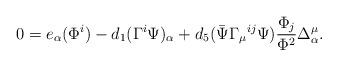
LaTeX: \begin{align*}0=e_\alpha(\Phi^i)-d_1(\Gamma^i\Psi)_\alpha+d_5(\bar\Psi\Gamma_{\mu}{}^{ij}\Psi)\frac{\Phi_j}{\Phi^2}\Delta^\mu_\alpha.\end{align*}